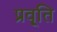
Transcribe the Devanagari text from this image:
प्रवृ्ति